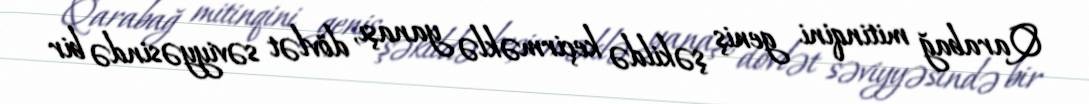
Qarabağ mitinqini geniş şəkildə keçirməklə yanaşı, dövlət səviyyəsində bir